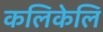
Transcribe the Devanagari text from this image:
कलिकेलि